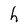
Character: h